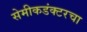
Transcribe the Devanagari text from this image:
सेमीकडंक्टरचा